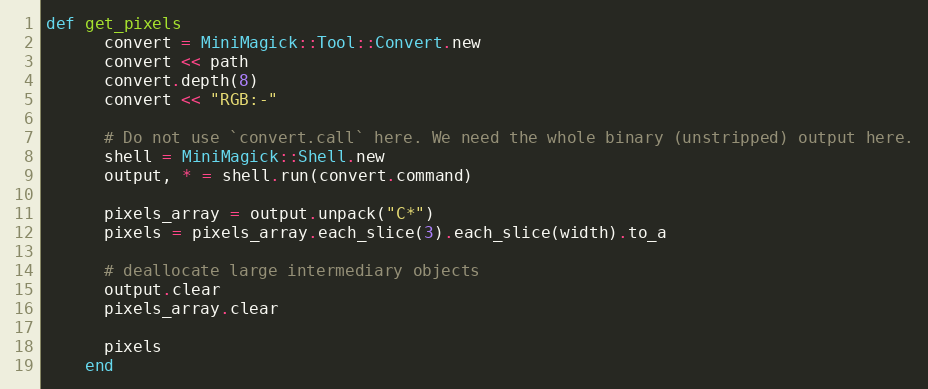
Language: Ruby
def get_pixels
      convert = MiniMagick::Tool::Convert.new
      convert << path
      convert.depth(8)
      convert << "RGB:-"

      # Do not use `convert.call` here. We need the whole binary (unstripped) output here.
      shell = MiniMagick::Shell.new
      output, * = shell.run(convert.command)

      pixels_array = output.unpack("C*")
      pixels = pixels_array.each_slice(3).each_slice(width).to_a

      # deallocate large intermediary objects
      output.clear
      pixels_array.clear

      pixels
    end